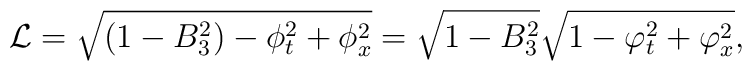
{\cal L} = \sqrt{(1 - B_3^2) - \phi_t^2 +  \phi_x^2 }          = \sqrt{ 1 - B_3^2 } \sqrt{1 - \varphi_t^2 + \varphi_x^2},